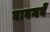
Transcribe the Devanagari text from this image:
बावनवें